Document type: Emphyteutic lease
Year: 1316
Scribe: Guillem de Vila
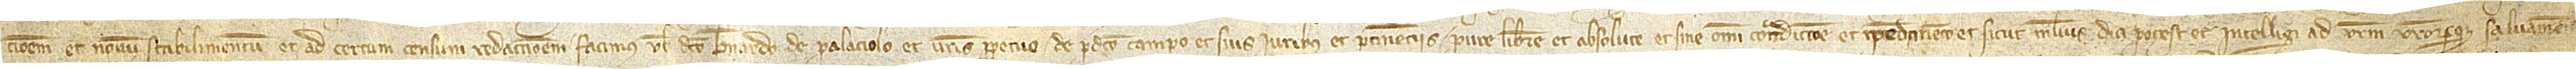
cionem et novum stabilimentum et ad certum censum redaccionem facimus vobis dicto Bernardo de Palaciolo et vestris perpetuo de predicto campo et suis iuribus et pertinenciis pure, libere et absolute et sine omni contradiccione et impedimento et sicut melius dici potest et intelligi ad vestrum vestrorumque salvamen-